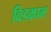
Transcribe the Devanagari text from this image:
विडक्घभ